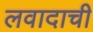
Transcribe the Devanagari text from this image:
लवादाची